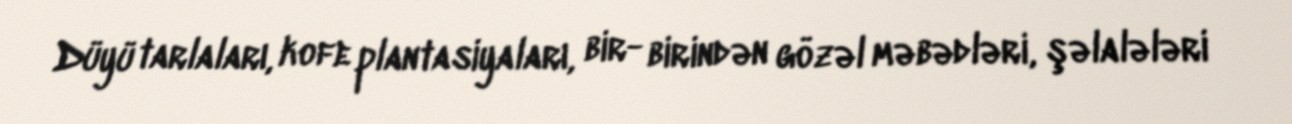
Düyü tarlaları, kofe plantasiyaları, bir- birindən gözəl məbədləri, şəlalələri